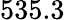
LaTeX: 535.3